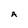
Character: A